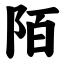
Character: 陌